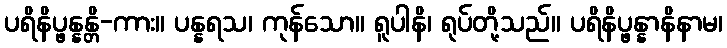
ပရိနိပ္ဖန္နန္တိ-ကား။ ပန္နရသ၊ ကုန်သော။ ရူပါနိ၊ ရုပ်တို့သည်။ ပရိနိပ္ဖန္နာနိနာမ၊